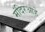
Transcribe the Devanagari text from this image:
मंदिरआहे